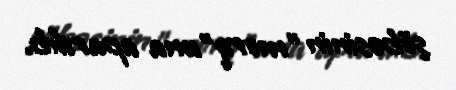
şöbəsinin ”morq"una apardıb.